Civil Veterinary Dept. Bombay admin report 1900-1906 - 1900-1906
Year: 1900
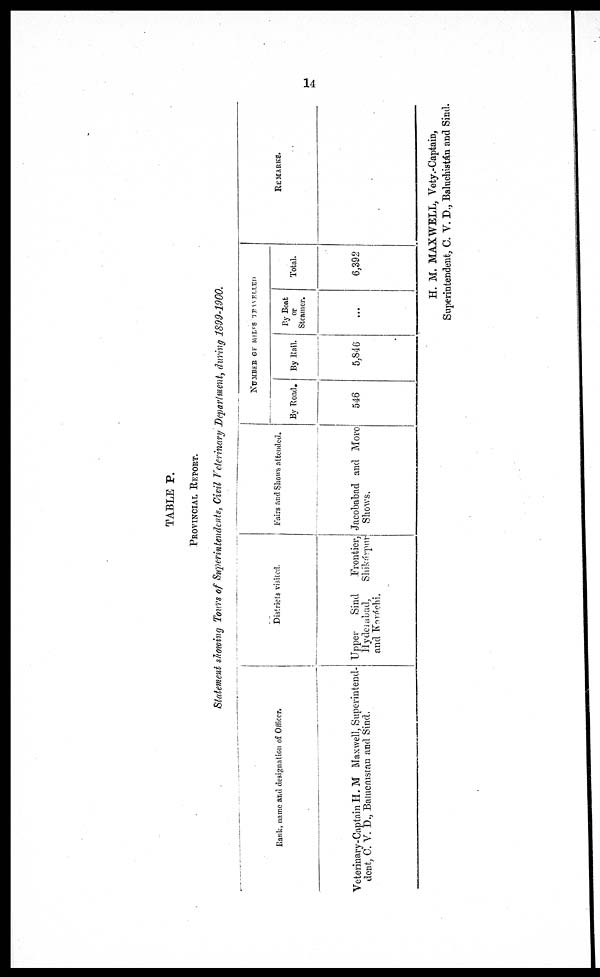
14
TABLE P.
Provincial Report.
Statement showing Tours of Superintendents, Civil Veterinary Department, during 1899-1900.
Rank, name and designation of Officer.
Veterinary-Captain H. M Maxwell, Superintend-
dent, C. V. D., Balucnistan and Sind.
Districts visited.
Upper
Sind
Frontier,
Hydeiabad,
Shikárpur
and Karáchi.
Fairs and Shows attended.
Jacobabad and Moro
Shows.
NUMBER OF MILES TRAWELLED
By Road.
546
By Rail.
5,846
By Boat
or
Steamer.
...
Total.
6,392
REMARKS.
H. M. MAXWELL, Vety .-Captain,
Superintendent, C. V. D., Baluchistán and Sind.